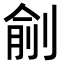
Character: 㓱